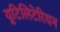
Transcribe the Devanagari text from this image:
यूटिलिटेरियन